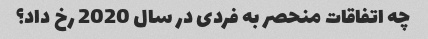
چه اتفاقات منحصر به فردی در سال 2020 رخ داد؟